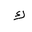
Letter: _kaf